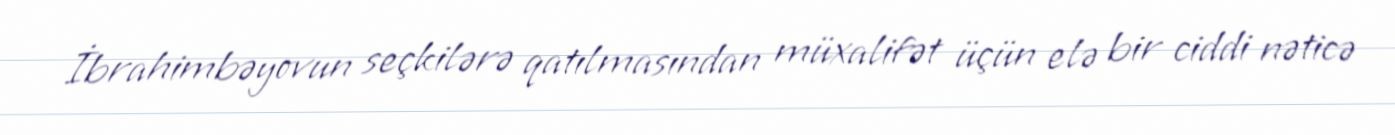
İbrahimbəyovun seçkilərə qatılmasından müxalifət üçün elə bir ciddi nəticə